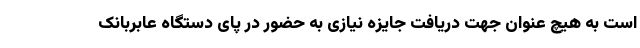
است به هیچ عنوان جهت دریافت جایزه نیازی به حضور در پای دستگاه عابربانک